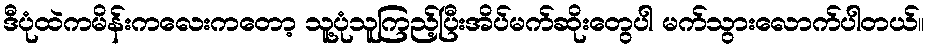
ဒီပုံထဲကမိန်းကလေးကတော့ သူ့ပုံသူကြည့်ပြီးအိပ်မက်ဆိုးတွေပါ မက်သွားလောက်ပါတယ်။